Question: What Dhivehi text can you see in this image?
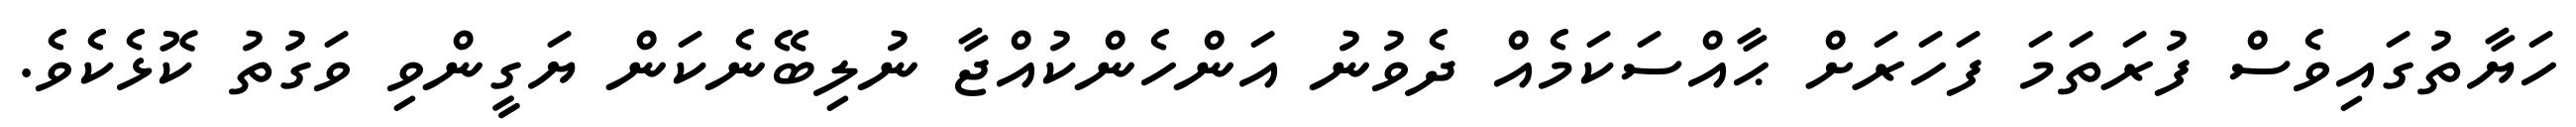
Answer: ހަޔާތުގައިވެސް ފުރަތަމަ ފަހަރަށް ޙާއްސަކަމެއް ދެވުނު އަންހެންކުއްޖާ ނުލިބޭނެކަން ޔަގީންވި ވަގުތު ކޮޅެކެވެ.